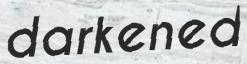
darkened